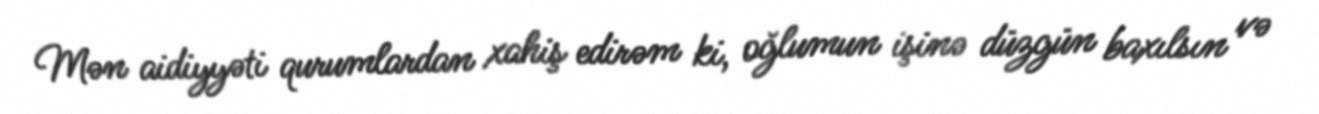
Mən aidiyyəti qurumlardan xahiş edirəm ki, oğlumun işinə düzgün baxılsın və